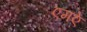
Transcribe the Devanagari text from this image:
एमऐ